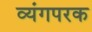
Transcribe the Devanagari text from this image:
व्यंगपरक